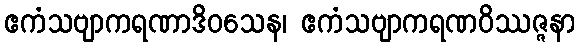
ဧကံသဗျာကရဏာဒိဝသေန၊ ဧကံသဗျာကရဏဝိဿဇ္ဇနာ